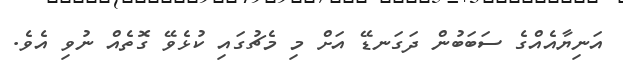
އަނިޔާއެއްގެ ސަބަބުން ދަގަނޑޭ އަށް މި މެޗުގައި ކުޅެވޭ ގޮތެއް ނުވި އެވެ.